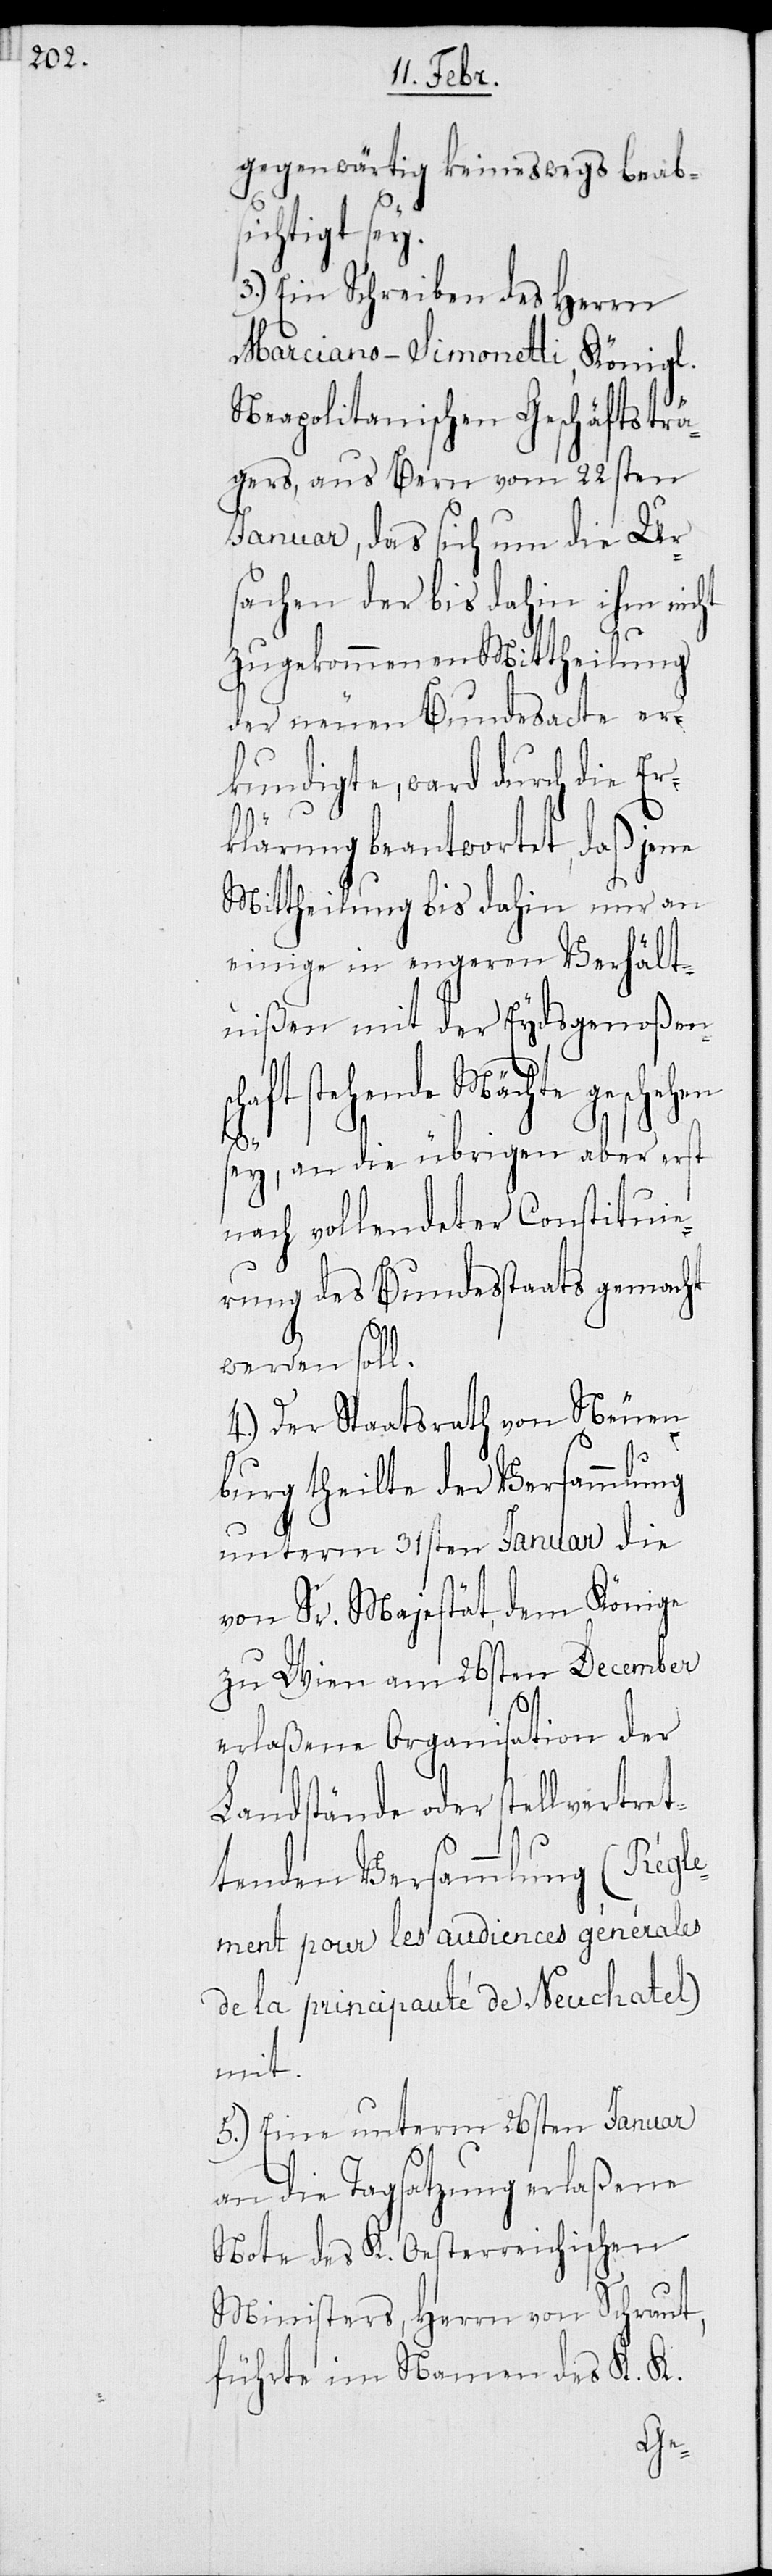
gegenwärtig keineswegs beab¬
sichtigt sey.
3.) Ein Schreiben des Herrn
Marciano-Simonetti, Königl.
Neapolitanischen Geschäftsträ¬
gers, aus Bern vom 22sten
Januar, das sich um die Ur¬
sachen der bis dahin ihm nicht
zugekommenen Mittheilung
der neuen Bundesacte er¬
kundigte, ward durch die Er¬
klärung beantwortet, daß jene
Mittheilung bis dahin nur an
einige in engeren Verhält¬
nißen mit der Eydsgnoßen¬
Mächte geschehen
sey, an die übrigen aber erst
nach vollendeter Constituie¬
rung des Bundesstaats gemacht
werden soll.
4.) Der Staatsrath von Neuen¬
burg theilte der Versammlung
unterm 31sten Januar die
von Sr. Majestät, dem Könige
zu Wien am 26sten December
erlaßene Organisation der
Landstände oder stellvertret¬
tenden Versammlung (Régle¬
ment pour les audiences générales
de la principauté de Neuchatel)
mit.
5.) Eine unterm 26sten Januar
an die Tagsatzung erlaßene
Note des K. Oesterreichischen
Ministers, Herrn von Schraut,
führte im Namen des K. K.